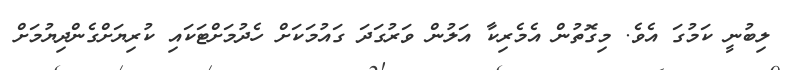
ލިބުނީ ކަމުގަ އެވެ. މިގޮތުން އެމެރިކާ އަލުން ވަރުގަދަ ގައުމަކަށް ހެދުމަށްޓަކައި ކުރިޔަށްގެންދިޔުމަށް